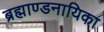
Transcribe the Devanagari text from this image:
ब्रह्माण्डनायिका